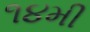
૧૪મી